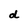
Character: d